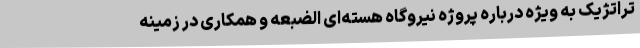
تراتژیک به ویژه درباره پروژه نیروگاه هسته‌ای الضبعه و همکاری در زمینه